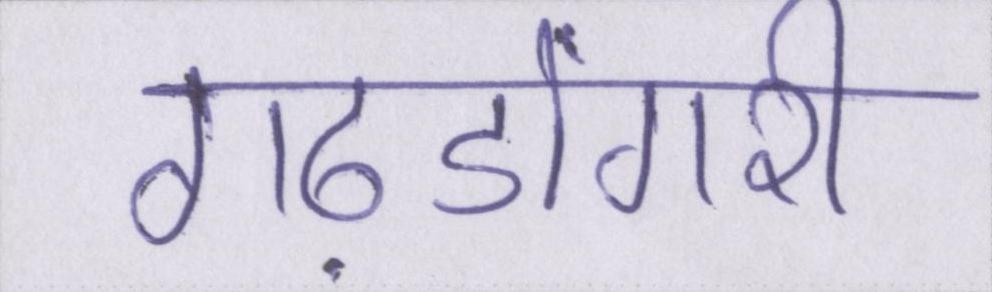
गढ़डोंगरी